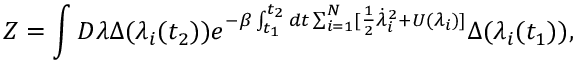
Z = \int { \cal D } \lambda \Delta ( \lambda _ { i } ( t _ { 2 } ) ) e ^ { - \beta \int _ { t _ { 1 } } ^ { t _ { 2 } } d t \sum _ { i = 1 } ^ { N } [ \frac { 1 } { 2 } \dot { \lambda } _ { i } ^ { 2 } + U ( \lambda _ { i } ) ] } \Delta ( \lambda _ { i } ( t _ { 1 } ) ) ,